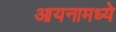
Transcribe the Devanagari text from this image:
आयनामध्ये